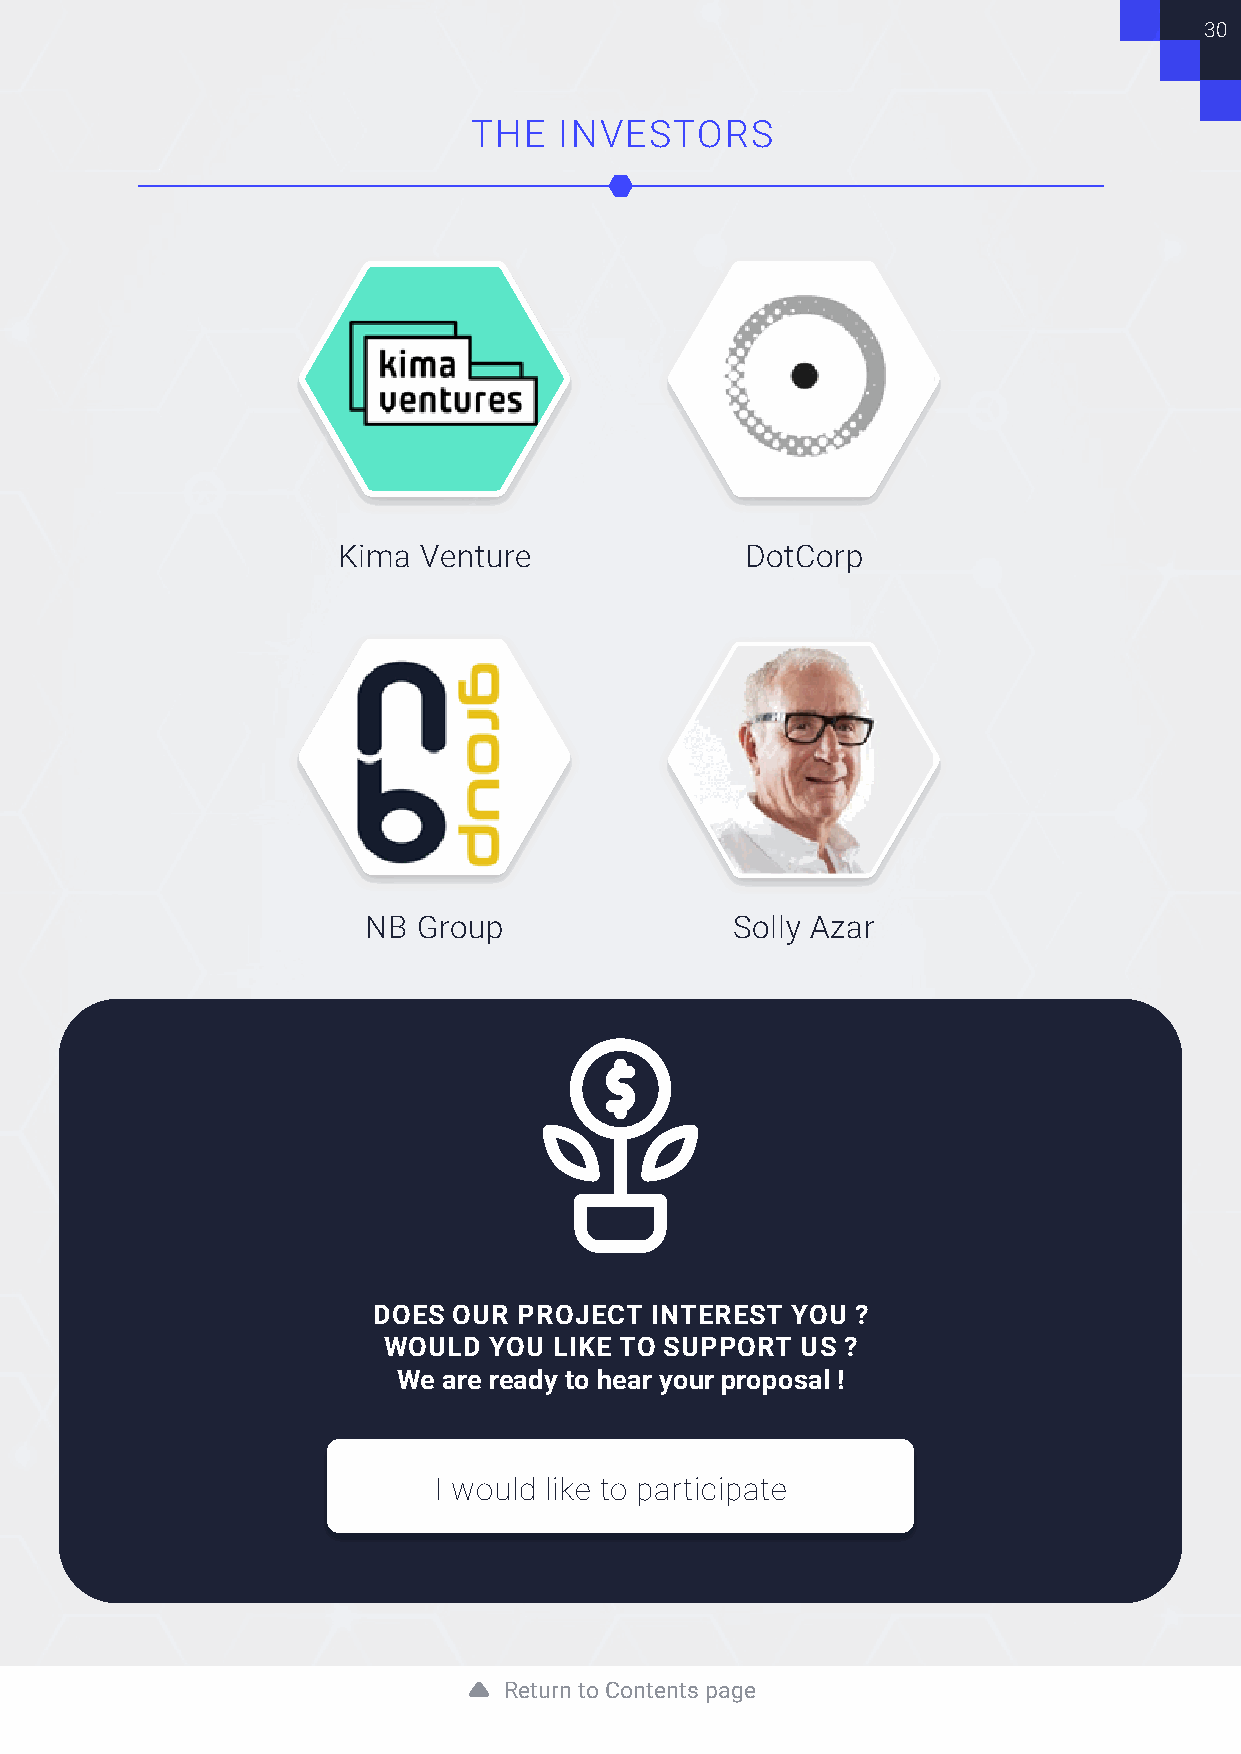
30
 THE   INVESTORS
 Kima  Venture              DotCorp
 NB  Group               Solly Azar
 DOES OUR PROJECT  INTEREST YOU  ?
 WOULD  YOU  LIKE TO SUPPORT US ?
 We are ready to hear your proposal !
 I would like to participate
 Return to Contents page